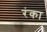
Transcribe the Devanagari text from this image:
रंका